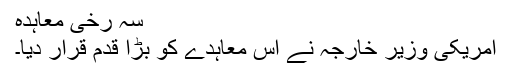
سہ رخی معاہدہ
امریکی وزیرِ خارجہ نے اس معاہدے کو بڑا قدم قرار دیا۔